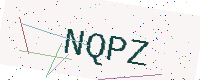
Text: NQPZ